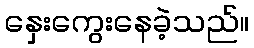
နှေးကွေးနေခဲ့သည်။